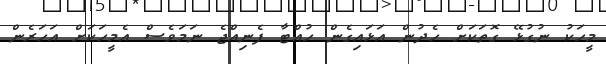
މީހަކު ނުގުޅޭ ގޮތަކަށް ހެދުން އަޅައިގެން ހުއްޓާ ފެނިއްޖެ ނަމަވެސް އެމީހަކަށް އަހަރެން